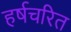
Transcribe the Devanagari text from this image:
हर्षचरित